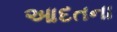
આદતના